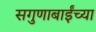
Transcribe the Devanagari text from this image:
सगुणाबाईंच्या